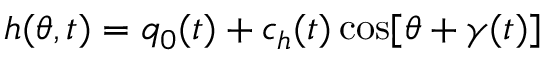
h ( \theta , t ) = q _ { 0 } ( t ) + c _ { h } ( t ) \cos [ \theta + \gamma ( t ) ]